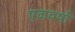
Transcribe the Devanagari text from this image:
एकवर्षा